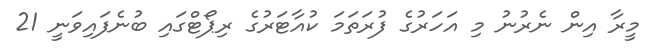
މީރާ އިން ނެރުނު މި އަހަރުގެ ފުރަތަމަ ކުއާޓަރުގެ ރިޕޯޓްގައި ބުނެފައިވަނީ 21